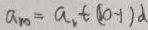
a _ { m } = a _ { 1 } + ( 1 0 - 1 ) d